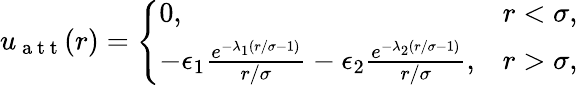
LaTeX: \begin{array}{r}{u_{\mathrm{~a~t~t~}}(r)=\left\{ \begin{array}{ll}{0,\quad}&{r<\sigma,}\\ {-\epsilon_{1}\frac{e^{-\lambda_{1}(r/\sigma-1)}}{r/\sigma}-\epsilon_{2}\frac{e^{-\lambda_{2}(r/\sigma-1)}}{r/\sigma},}&{r>\sigma,}\end{array}\right.}\end{array}